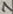
Text: 7